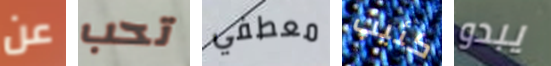
عن تحب معطفي كئيب يبدو